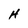
Character: H